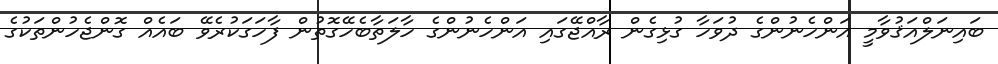
ބައިނަލްއަޤުވާމީ އަންހެނުންގެ ދުވަހާ ގުޅިގެން ރާއްޖޭގައި އަންހެނުންގެ ހާލަތާބެހޭގޮތުން ފާހަގަކުރެވޭ ބައެއް ގޮންޖެހުންތަކުގެ